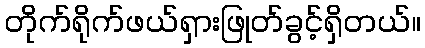
တိုက်ရိုက်ဖယ်ရှားဖြုတ်ခွင့်ရှိတယ်။